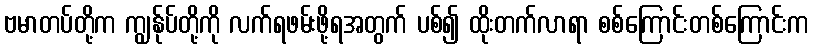
ဗမာတပ်တို့က ကျွန်ုပ်တို့ကို လက်ရဖမ်းဖို့ရအတွက် ပစ်၍ ထိုးတက်လာရာ စစ်ကြောင်းတစ်ကြောင်းက